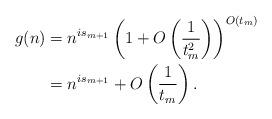
LaTeX: \begin{align*}g(n) &= n^{is_{m+1}} \left(1 + O\left( \frac{1}{t_m^2} \right)\right)^{O( t_m )} \\&= n^{is_{m+1}} + O\left( \frac{1}{t_m} \right).\end{align*}